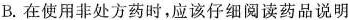
B.在使用非处方药时，应该仔细阅读药品说明